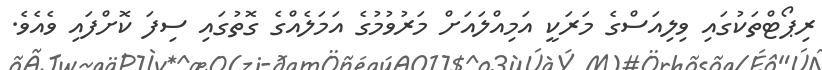
ރިޕޯޓްތަކުގައި ވިލިއަސްގެ މަރަކީ އަމިއްލައަށް މަރުވުމުގެ އަމަލެއްގެ ގޮތުގައި ސިފަ ކޮށްފައި ވެއެވެ.